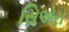
સિએરા